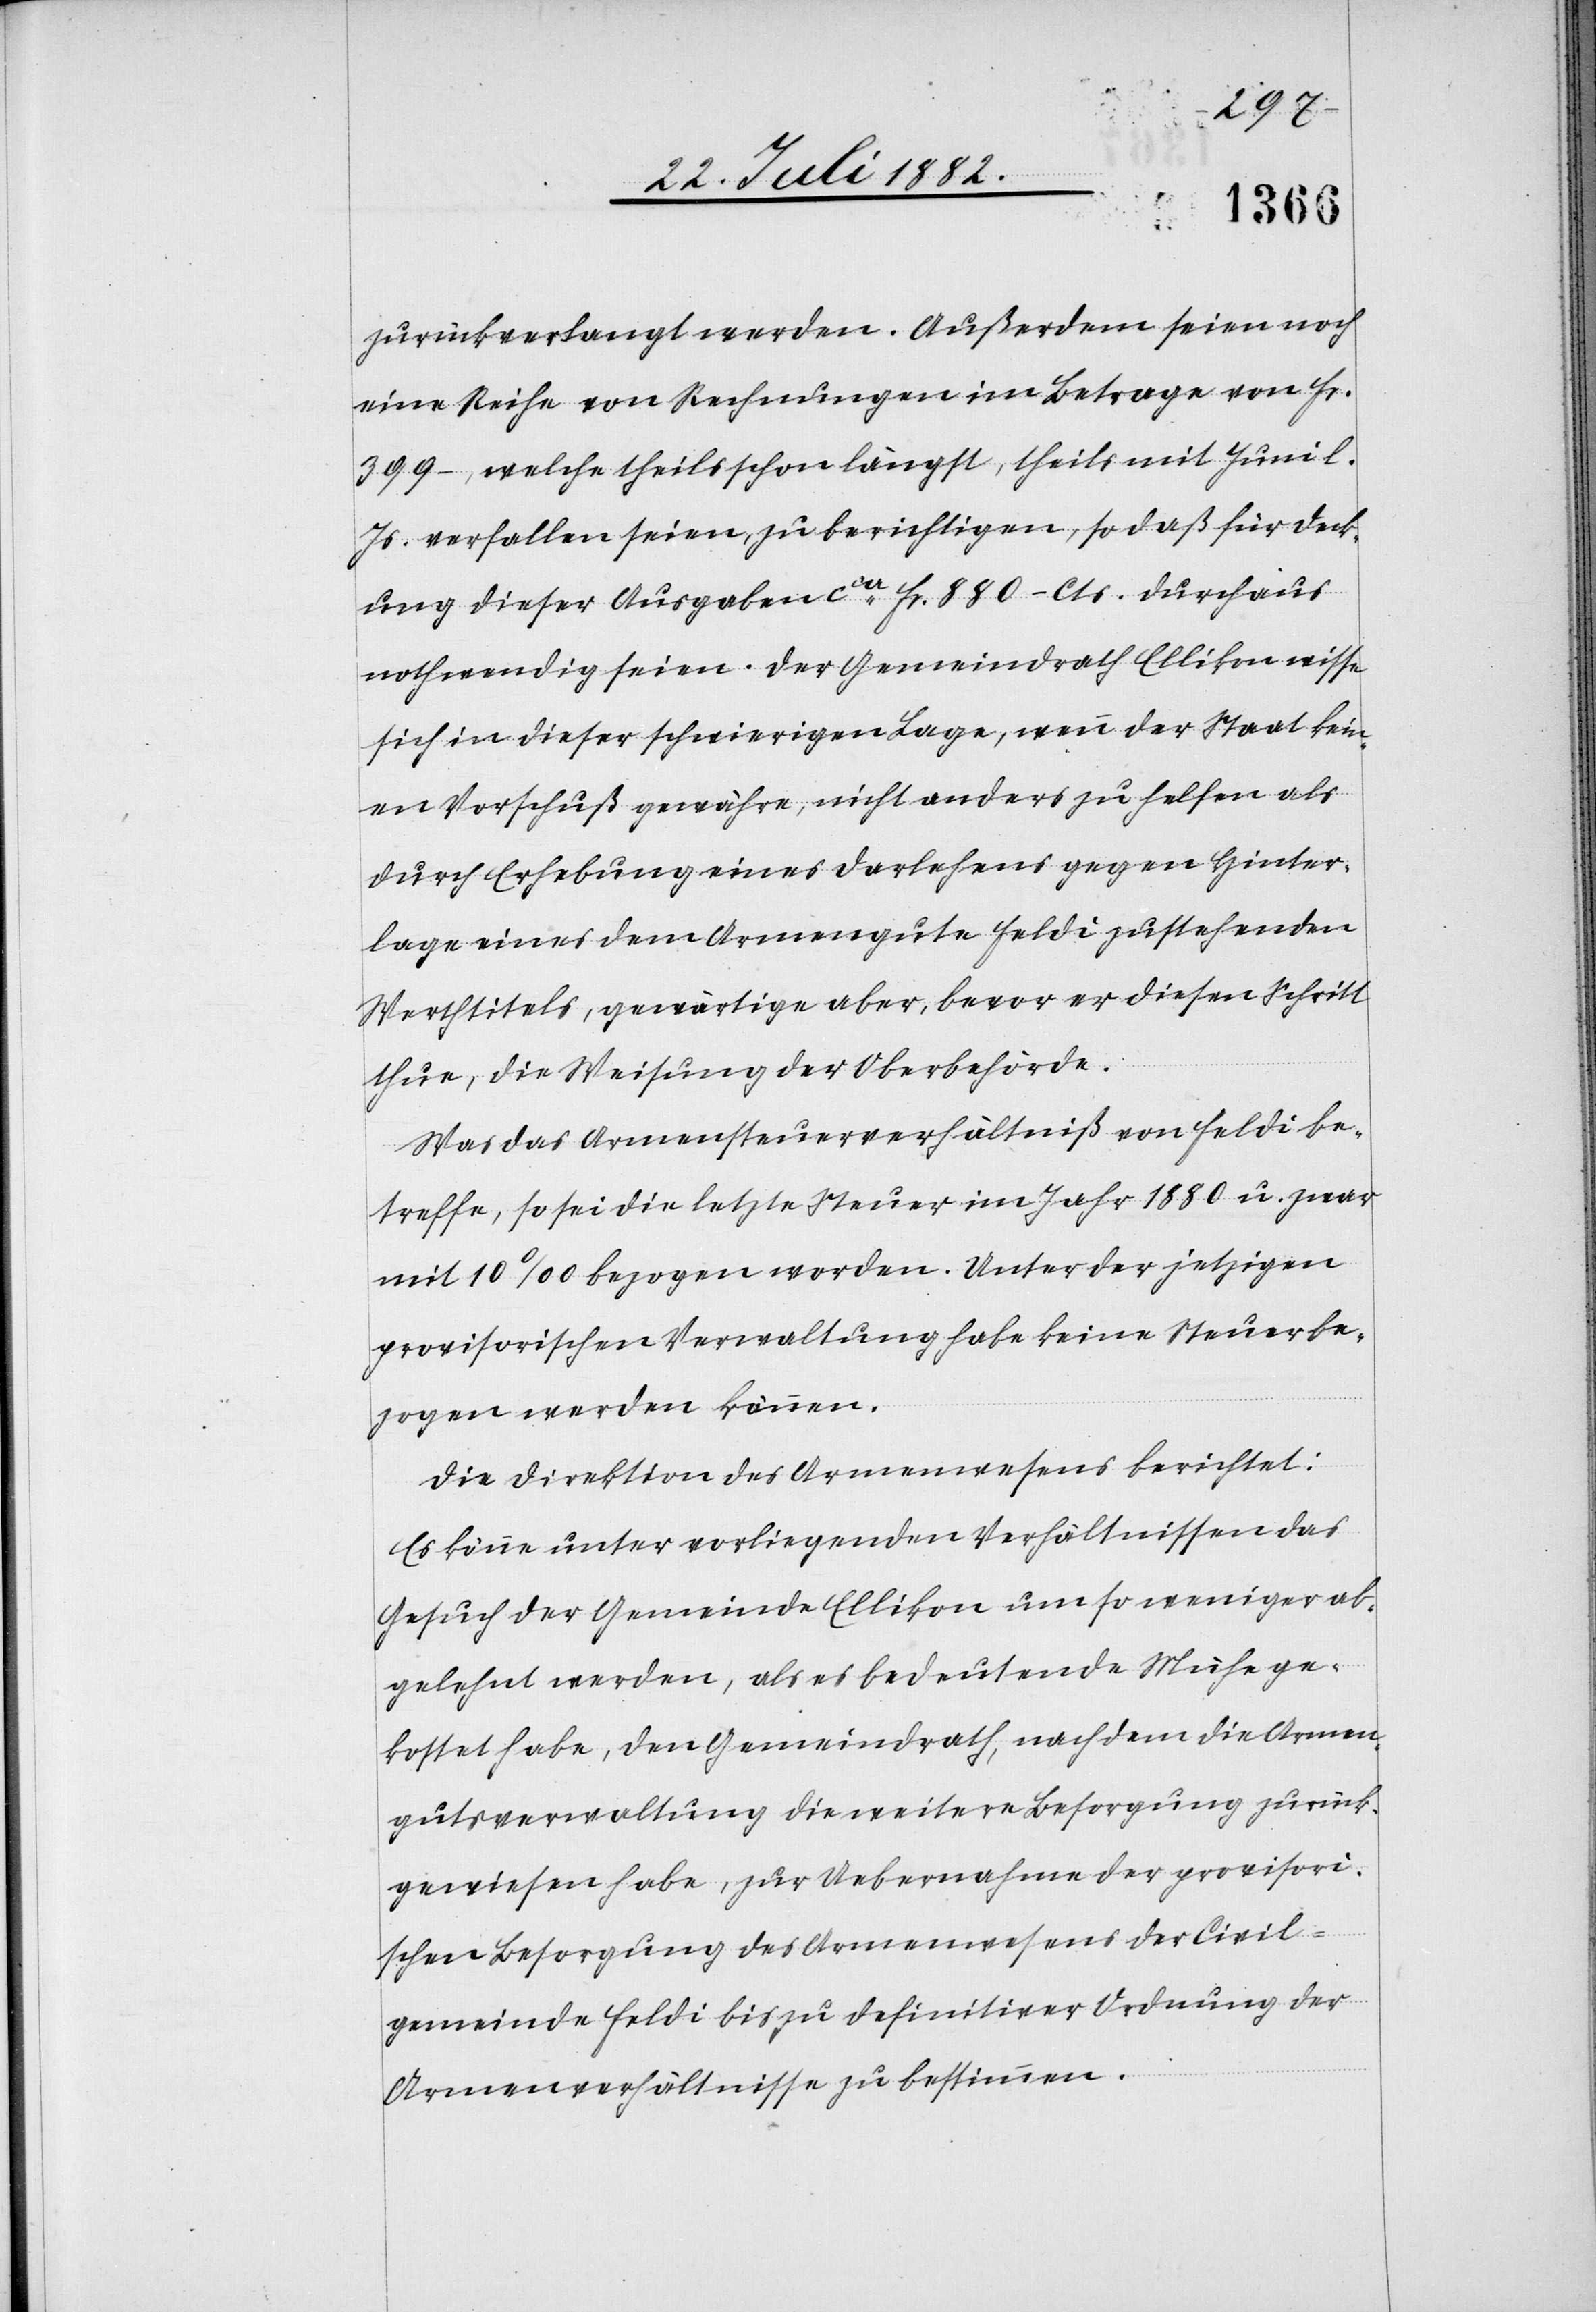
zurückverlangt werden. Außerdem seien noch
eine Reihe von Rechnungen im Betrage von Fr.
399.–, welche theils schon längst, theils mit Juni l.
Js. verfallen seien, zu berichtigen, so daß für Deck¬
ung dieser Ausgaben ca Fr. 880 – Cts. durchaus
nothwendig seien. Der Gemeindrath Ellikon wisse
sich in dieser schwierigen Lage, wenn der Staat kein¬
en Vorschuß gewähre, nicht anders zu helfen, als
durch Erhebung eines Darlehens gegen Hinter¬
lage eines dem Armengute Feldi zustehenden
Werthtitels, gewärtige aber, bevor er diesen Schritt
thue, die Weisung der Oberbehörde.
Was das Armensteuerverhältniß von Feldi be¬
treffe, so sei die letzte Steuer im Jahr 1880 u. zwar
mit 10‰ bezogen worden. Unter der jetzigen
provisorischen Verwaltung habe keine Steuer be¬
zogen werden können.
Die Direktion des Armenwesens berichtet:
Es könne unter vorliegenden Verhältnissen das
Gesuch der Gemeinde Ellikon um so weniger ab¬
gelehnt werden, als es bedeutende Mühe ge¬
kostet habe, den Gemeindrath, nachdem die Armen¬
gutsverwaltung die weitere Besorgung zurück¬
gewiesen habe, zur Uebernahme der provisori¬
schen Besorgung des Armenwesens der Civil¬
gemeinde Feldi bis zu definitiver Ordnung der
Armenverhältnisse zu bestimmen.